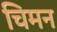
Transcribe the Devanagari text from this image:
चिमन